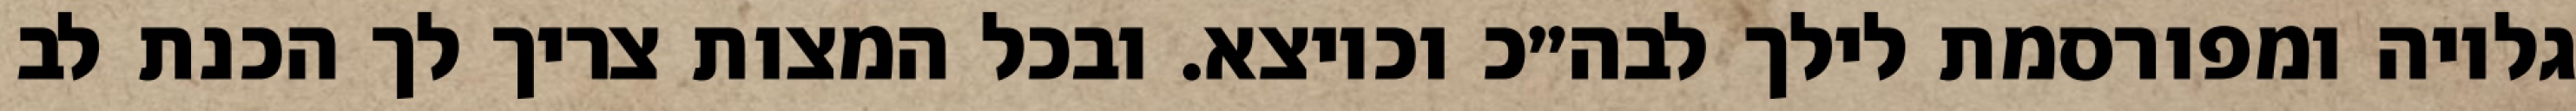
גלויה ומפורסמת לילך לבה״כ וכיוצא. ובכל המצות צריך לך הכנת לב